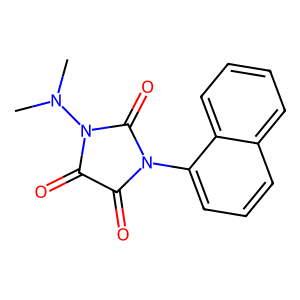
SMILES: CN(C)N1C(=O)C(=O)N(c2cccc3ccccc23)C1=O
Inhibits HIV replication: No